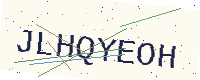
Text: JLHQYEOH